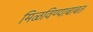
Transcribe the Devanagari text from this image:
मिळविण्याबाबत